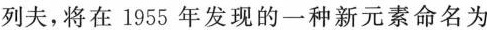
列夫，将在1955年发现的一种新元素命名为